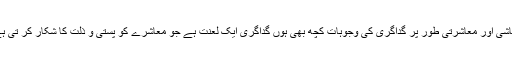
معاشی اور معاشرتی طور پر گداگری کی وجوہات کچھ بھی ہوں گداگری ایک لعنت ہے جو معاشرے کو پستی و ذلت کا شکار کر تی ہے۔